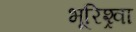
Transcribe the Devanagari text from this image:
भूरिश्र्वा